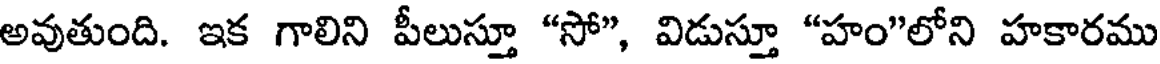
అవుతుంది. ఇక గాలిని పీలుస్తూ "సో", విడుస్తూ "హం"లోని హకారము